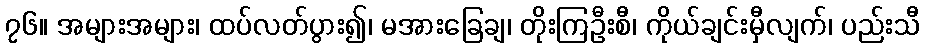
၇၆။ အများအများ၊ ထပ်လတ်ပွား၍၊ မအားခြေချ၊ တိုးကြဦးစီ၊ ကိုယ်ချင်းမှီလျက်၊ ပည်းသီ